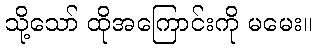
သို့သော် ထိုအကြောင်းကို မမေး။